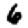
Digit: 6